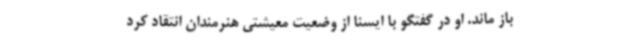
باز ماند. او در گفتگو با ایسنا از وضعیت معیشتی هنرمندان انتقاد کرد